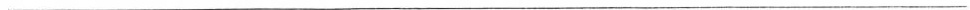
___